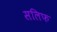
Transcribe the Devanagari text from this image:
सलिफ